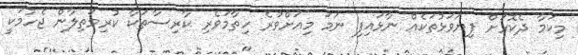
މިކަމާ ދެކޮޅަށް ފިޔަވަޅުތަކެއް ނާޅައިފި ނަމަ މިއަށްވުރެ ހިތާމަވެރި ކާރިސާތަކާ ކުރިމަތިލާން ޖެހުމަކީ